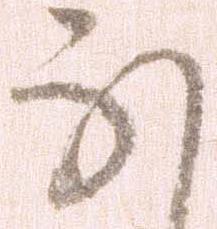
な